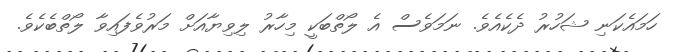
ހަމައެކަނި ޝަހުރު ދެކެއެވެ. ނަމަވެސް އެ ލޯތްބަކީ މިހާރު ލިވިޔާއަށް މަރުވެފައިވާ ލޯތްބެކެވެ.